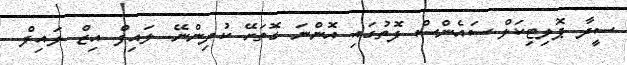
ސީދާ ޕޮލިޓިކަލް ސައެންސް ފޮތުގައި އޮންނަ ގޮތަށޭ ކުދިންނޭ. ލައިފް އިޒް ލައިފް.